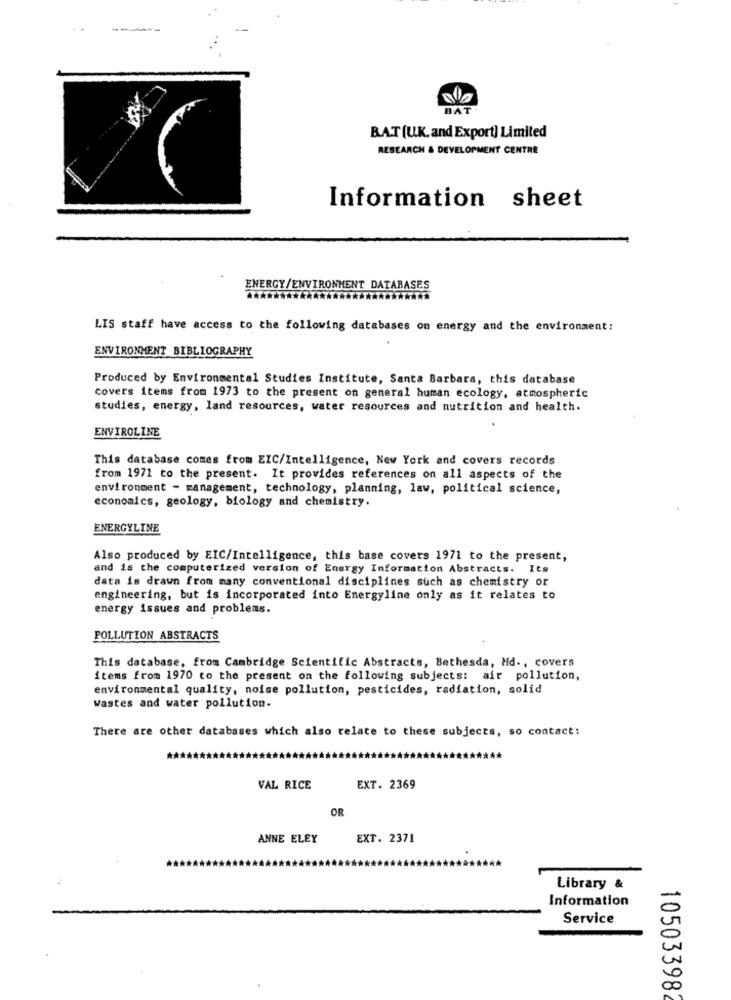
BAS
BAT (U.K. and Export] Limited
RESEARCH & DEVELOPMENT CENTRE
Information sheet
ENERGY/ENVIRONMENT DATABASES
LIS staff have access to the following databases on energy and the environment:
ENVIRONMENT BIBLIOGRAPHY
Produced by Environmental Studies Institute, Santa Barbara, this database
covers items from 1973 to the present on general human ecology, atmospheric
studies, energy, land resources, water resources and nutrition and health.
ENVIROLINE
This database comes from EIC/Intelligence, New York and covers records
from 1971 to the present. It provides references on all aspects of the
environment - management, technology, planning, law, political science,
economics, geology, biology and chemistry.
ENERGYLINE
Also produced by EIC/Intelligence, this base covers 1971 to the present,
and is the computerized version of Energy Information Abstracts. Its
data is drawn from many conventional disciplines such as chemistry or
engineering, but is incorporated into Energyline only as it relates to
energy issues and problems.
POLLUTION ABSTRACTS
This database, from Cambridge Scientific Abstracts, Bethesda, Md ., covers
items from 1970 to the present on the following subjects: air pollution,
environmental quality, noise pollution, pesticides, radiation, solid
wastes and water pollution.
There are other databases which also relate to these subjects, so contact:
VAL RICE
EXT. 2369
OR
ANNE ELEY
EXT. 2371
Library &
Information
Service
0
00
10503398